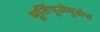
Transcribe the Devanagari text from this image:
मूर्तिपूजेमुळेच